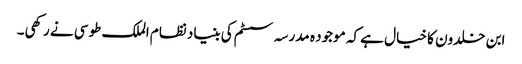
ابن خلدون کا خیال ہے کہ موجود ہ مدرسہ سسٹم کی بنیاد نظام الملک طوسی نے رکھی۔